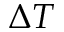
\Delta T